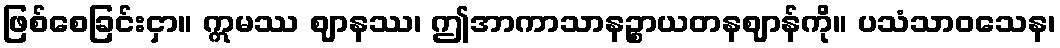
ဖြစ်စေခြင်းငှာ။ ဣမဿ ဈာနဿ၊ ဤအာကာသာနဉ္စာယတနဈာန်ကို။ ပသံသာဝသေန၊